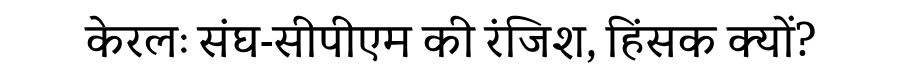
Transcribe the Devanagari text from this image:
केरलः संघ-सीपीएम की रंजिश, हिंसक क्यों?